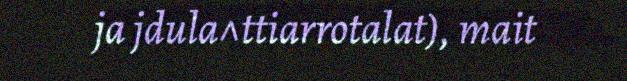
ja jdula^ttiarrotalat), mait